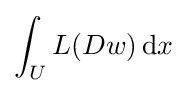
\int _{U}L(Dw)\,\mathrm {d} x